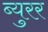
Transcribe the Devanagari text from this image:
ब्युरर